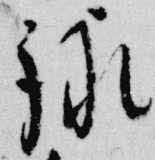
詠